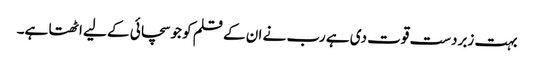
بہت زبردست قوت دی ہے رب نے ان کے قلم کو جو سچائی کے لیے اٹھتا ہے۔